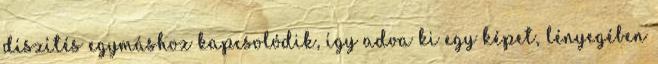
díszítés egymáshoz kapcsolódik, így adva ki egy képet, lényegében